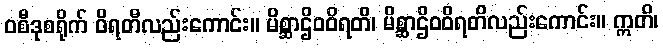
ဝစီဒုစရိုက် ဝိရတီလည်းကောင်း။ မိစ္ဆာဌိဝဝိရတိ၊ မိစ္ဆာဌိဝဝိရတိလည်းကောင်း။ ဣတိ၊